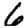
Digit: 6